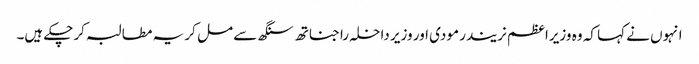
انہوں نے کہا کہ وہ وزیرا عظم نریندر مودی اور وزیر داخلہ راجناتھ سنگھ سے مل کر یہ مطالبہ کرچکے ہیں۔